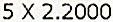
5 X 2.2000